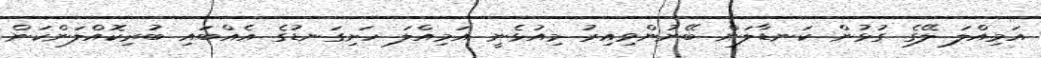
އަމިއްލަ ލޭގެ ގުޅުން ކަނޑާލަން ބޭނުންވިއިރު މިއުޅެނީ އަމިއްލަ ހަށިގަނޑުގެ އެއްބައި ބުރިކޮއްލަންކަން